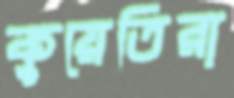
কুয়েতিরা